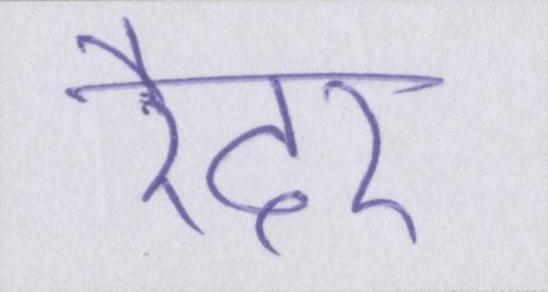
रैदर